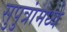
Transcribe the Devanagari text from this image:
सुपुत्रांमध्ये